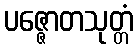
ပဇ္ဇောတသုတ္တံ